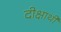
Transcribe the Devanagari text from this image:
दीक्षार्थी